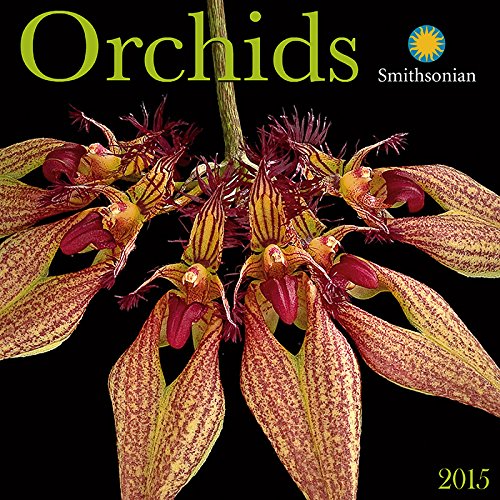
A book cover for Orchids 2015; Zebra Publishing Corp.; Calendars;